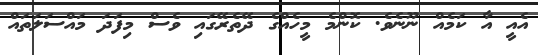
އެއީ އާ ކަމެއް ނޫނެވެ. ކޮންމެ މީހެއްގެ ދޭތެރޭގައި ވެސް މިފަދަ މައްސަލަތައް